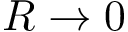
R \to 0